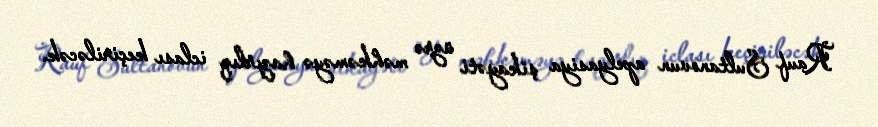
Rauf Sultanovun apelyasiya şikayəti üzrə məhkəməyə hazırlıq iclası keçiriləcək.